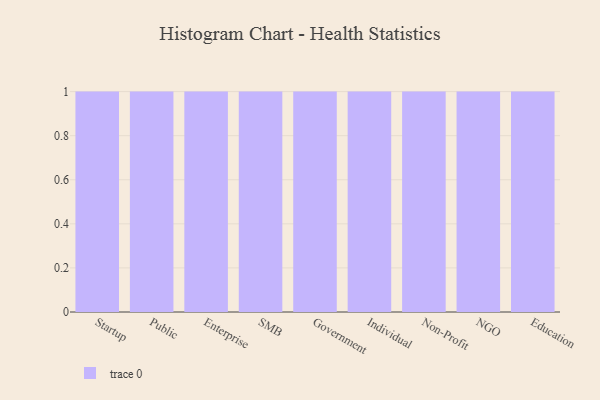
{"axis": {"x": "Segment", "y": "Active Users"}, "legend": [""], "data": [{"x": "Startup", "y": 20, "type": ""}, {"x": "Public", "y": 69, "type": ""}, {"x": "Enterprise", "y": 51, "type": ""}, {"x": "SMB", "y": 99, "type": ""}, {"x": "Government", "y": 10, "type": ""}, {"x": "Individual", "y": 27, "type": ""}, {"x": "Non-Profit", "y": 47, "type": ""}, {"x": "NGO", "y": 32, "type": ""}, {"x": "Education", "y": 26, "type": ""}]}